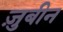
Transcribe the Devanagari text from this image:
ज़ुबीन